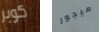
كوبر ميجور